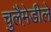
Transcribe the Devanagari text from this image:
चुलैमे़डीले